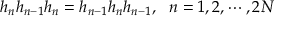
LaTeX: h _ { n } h _ { n - 1 } h _ { n } = h _ { n - 1 } h _ { n } h _ { n - 1 } , ~ ~ n = 1 , 2 , \cdots , 2 N